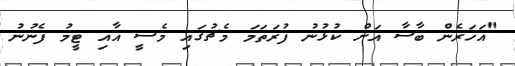
"އަހަރެން ބާސާ އަށް ކުޅުނު ފުރަތަމަ މެޗުގައި މެސީ އާއި ޓީމު ފެނުނު